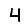
Digit: 4